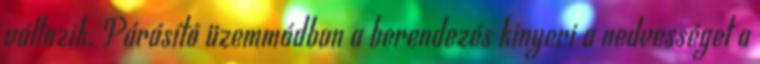
változik. Párásító üzemmódban a berendezés kinyeri a nedvességet a